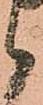
候